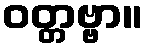
ဝတ္တဗ္ဗာ။